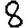
Digit: 8